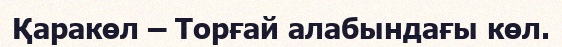
Қаракөл – Торғай алабындағы көл.